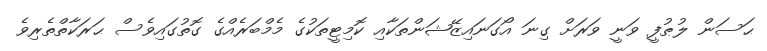
ޙަސަން ލުޠުފީ ވަނީ ވަރަށް ގިނަ އޯގަނައިޒޭޝަންތަކާއި ކޮމިޓީތަކުގެ މެމްބަރެއްގެ ގޮތުގައިވެސް ޙަރަކާތްތެރިވެ